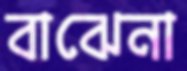
বাঝেনা